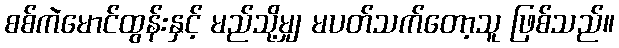
စစ်ကဲမောင်ထွန်းနှင့် မည်သို့မျှ မပတ်သက်တော့သူ ဖြစ်သည်။